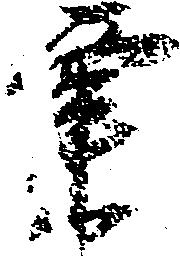
粟